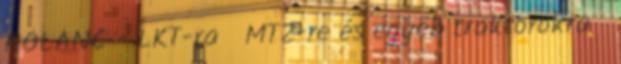
HÓLÁNC - LKT-ra MTZ-re és egyéb traktorokra